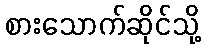
စားသောက်ဆိုင်သို့